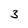
Character: 3